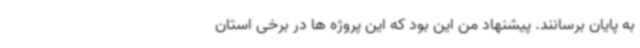
به پایان برسانند. پیشنهاد من این بود که این پروژه ها در برخی استان